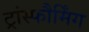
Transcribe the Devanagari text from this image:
ट्रांस्फौर्मिंग